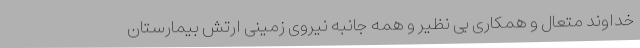
خداوند متعال و همکاری بی نظیر و همه جانبه نیروی زمینی ارتش بیمارستان